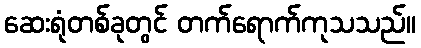
ဆေးရုံတစ်ခုတွင် တက်ရောက်ကုသသည်။